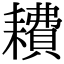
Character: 𫅿